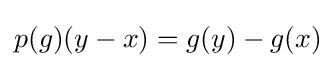
p(g)(y-x)=g(y)-g(x)